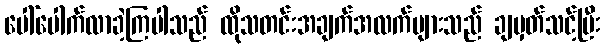
ပေါ်ပေါက်လာခဲ့ကြပါသည် ထိုသတင်းအချက်အလက်များသည် ချမှတ်သင့်ပြီး